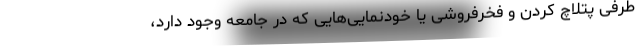
طرفی پتلاچ کردن و فخرفروشی یا خودنمایی‌هایی که در جامعه وجود دارد،